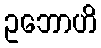
ဥဘောဟိ